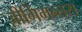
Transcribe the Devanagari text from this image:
ज़ीगिमन्तस